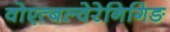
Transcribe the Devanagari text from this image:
वोएत्बल्वेरेनिगिङ